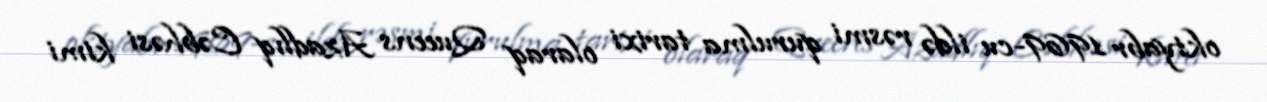
oktyabr 1969-cu ildə rəsmi qurulma tarixi olaraq Queens Azadlıq Cəbhəsi kimi